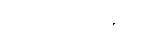
ဖော်ပြကြသည်